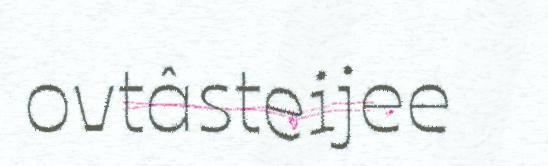
ovtâsteijee